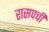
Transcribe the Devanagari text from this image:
रासपची